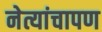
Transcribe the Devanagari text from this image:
नेत्यांचापण